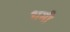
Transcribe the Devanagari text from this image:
भमी